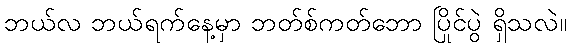
ဘယ်လ ဘယ်ရက်နေ့မှာ ဘတ်စ်ကတ်ဘော ပြိုင်ပွဲ ရှိသလဲ။